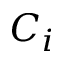
C _ { i }